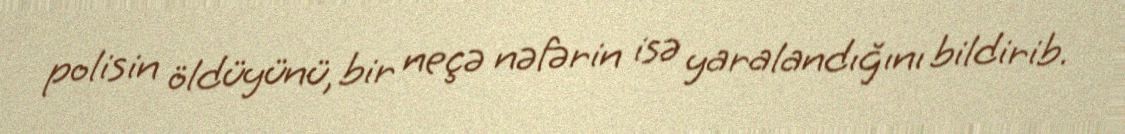
polisin öldüyünü, bir neçə nəfərin isə yaralandığını bildirib.